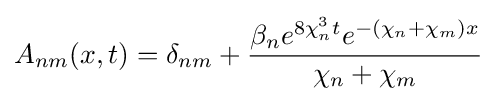
A_{nm}(x,t)=\delta _{nm}+{\frac {\beta _{n}e^{8\chi _{n}^{3}t}e^{-(\chi _{n}+\chi _{m})x}}{\chi _{n}+\chi _{m}}}